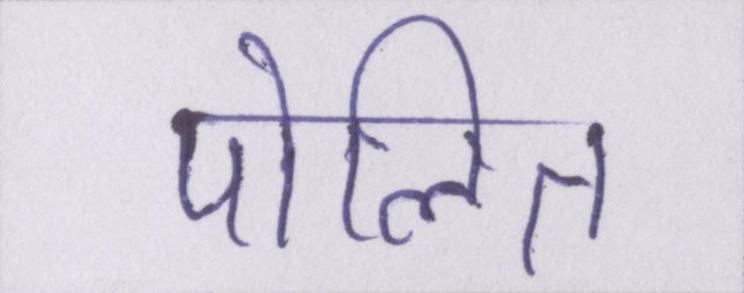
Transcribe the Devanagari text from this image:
पोलित